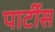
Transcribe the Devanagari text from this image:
पार्टीस